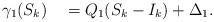
LaTeX: \begin{align*}\gamma_1(S_k) \quad=Q_1(S_k-I_k) + \Delta_1.\end{align*}